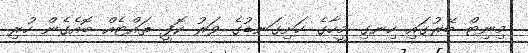
މިނިޓް ބޭރުގައި ހިނގި މީހާގެ ހަށިގަނޑުގެ ވަރު ކޮފީ ތައްޓެއް ބޮއެގެން ހުރި